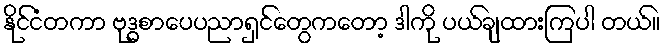
နိုင်ငံတကာ ဗုဒ္ဓစာပေပညာရှင်တွေကတော့ ဒါကို ပယ်ချထားကြပါ တယ်။